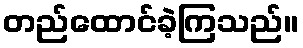
တည်ထောင်ခဲ့ကြသည်။